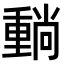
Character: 𡮶